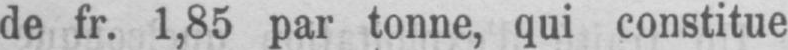
de fr. 1,85 par tonne, qui constitue